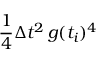
\frac { 1 } { 4 } \Delta t ^ { 2 } \, g ( t _ { i } ) ^ { 4 }